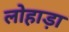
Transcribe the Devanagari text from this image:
लोहाड़ा